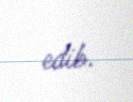
edib.